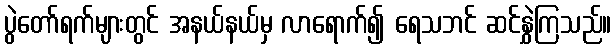
ပွဲတော်ရက်များတွင် အနယ်နယ်မှ လာရောက်၍ ရေသဘင် ဆင်နွှဲကြသည်။